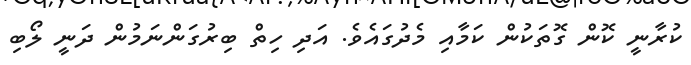
ކުރާނީ ކޮން ގޮތަކުން ކަމާއި މެދުގައެވެ. އަދި ހިތް ބިރުގަންނަމުން ދަނީ ލޯބި